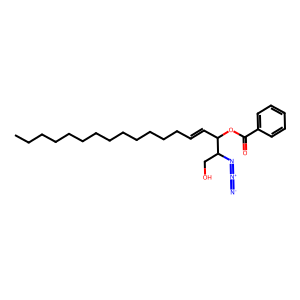
SMILES: CCCCCCCCCCCCCC=CC(OC(=O)c1ccccc1)C(CO)N=[N+]=[N-]
Inhibits HIV replication: No